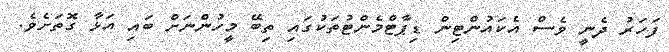
ފަހަރު ދެނީ ވެސް އެކައުންޓިން ޑިޕާޓްމެންޓުތަކުގައި ތިބޭ މީހުންނަށް ބައި އަޅާ ގޮތަށެވެ.